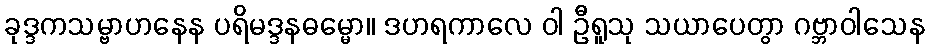
ခုဒ္ဒကသမ္ဗာဟနေန ပရိမဒ္ဒနဓမ္မော။ ဒဟရကာလေ ဝါ ဦရူသု သယာပေတွာ ဂဗ္ဘာဝါသေန